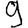
Digit: 9